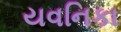
યવનિકા